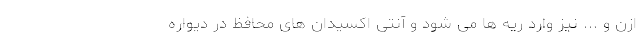
ازن و ... نیز وارد ریه ها می شود و آنتی اکسیدان های محافظ در دیواره